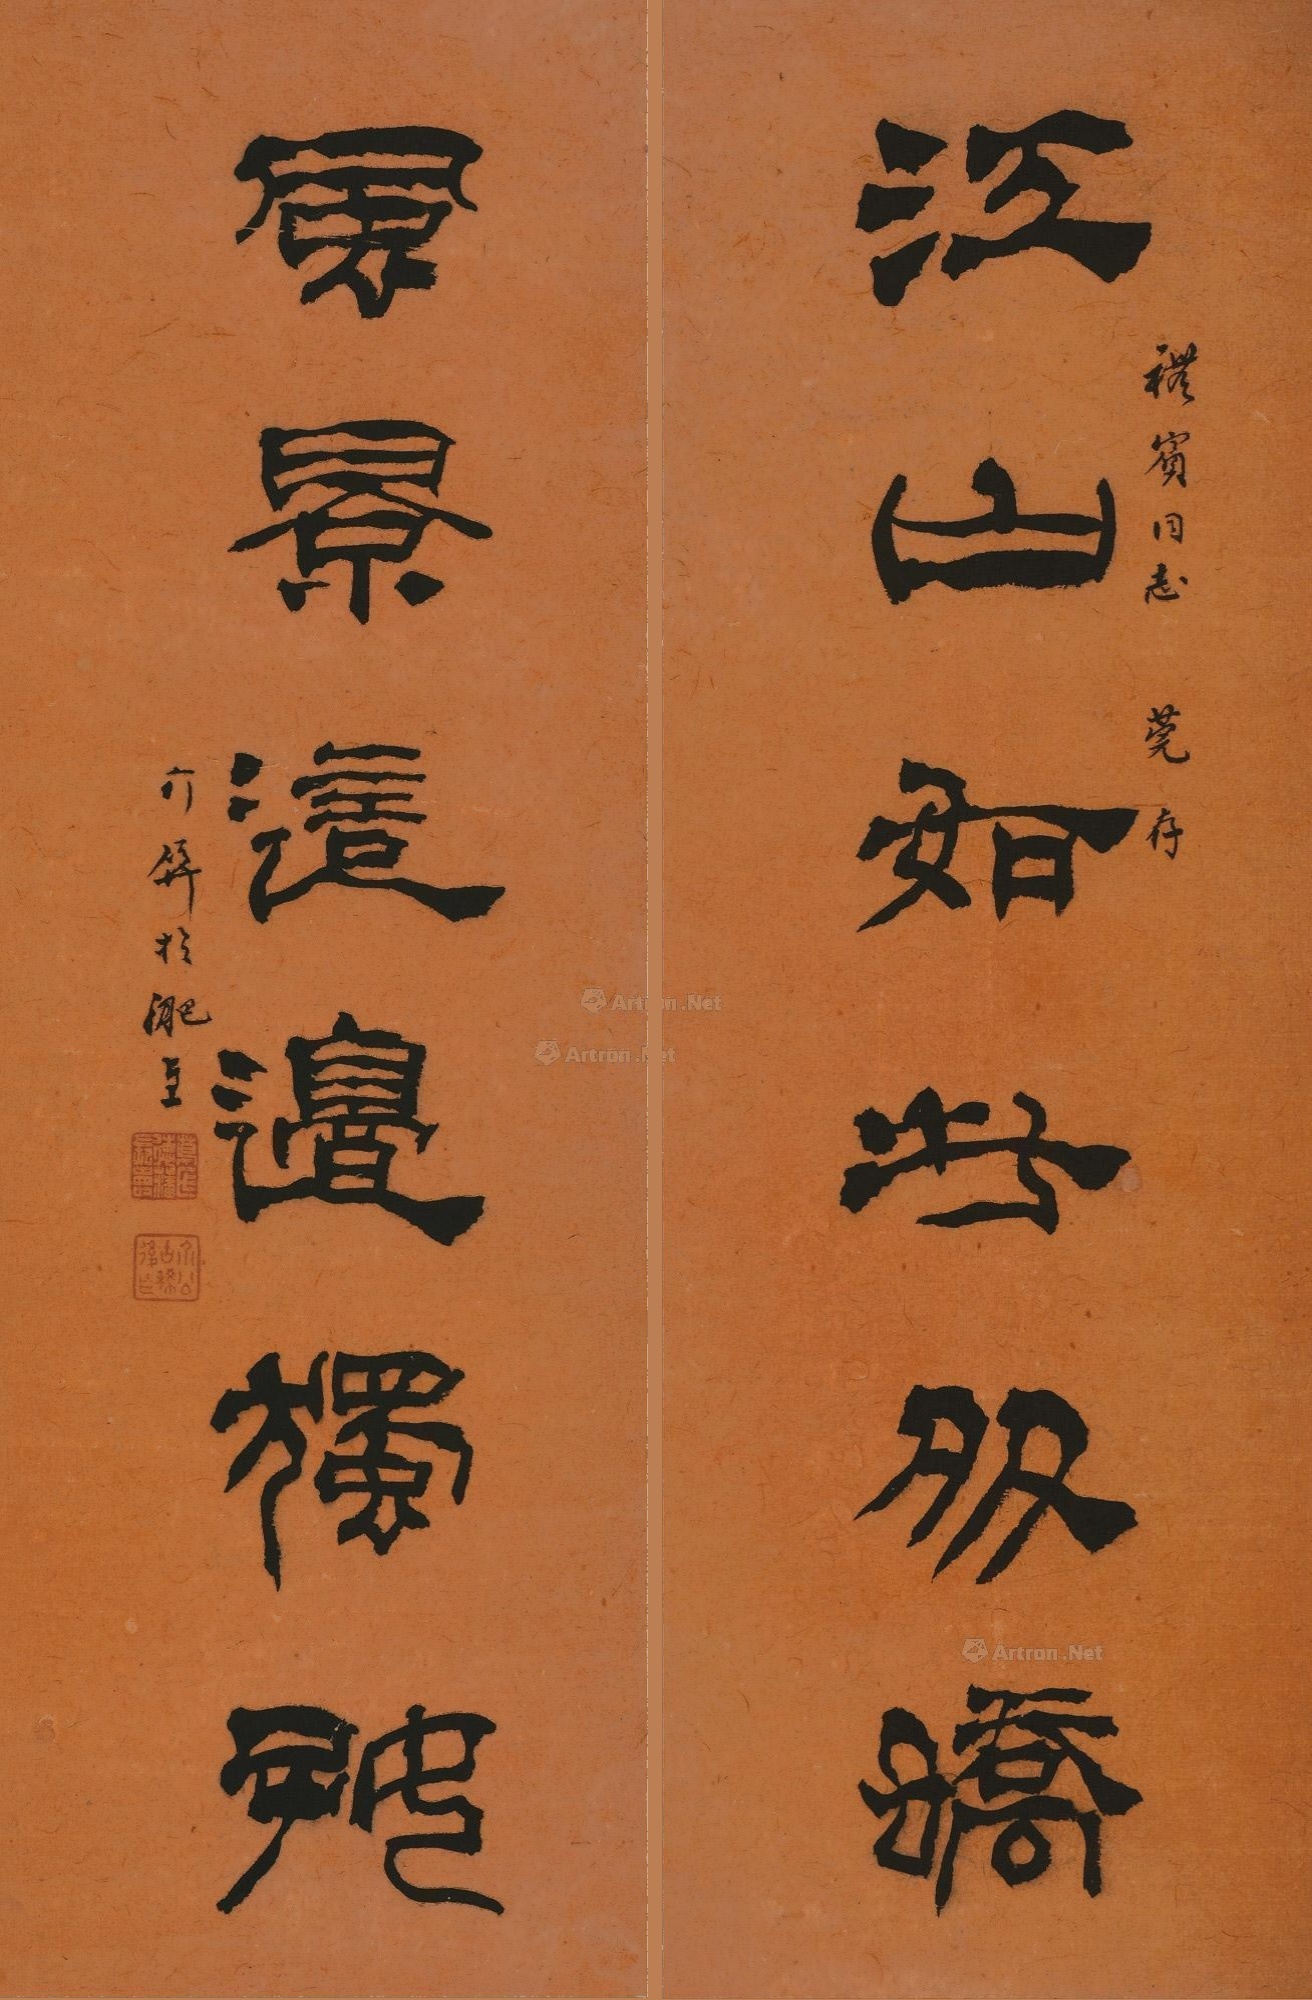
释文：江山如此多娇，风景这边独好。程宾同志莞存介屏于淝上